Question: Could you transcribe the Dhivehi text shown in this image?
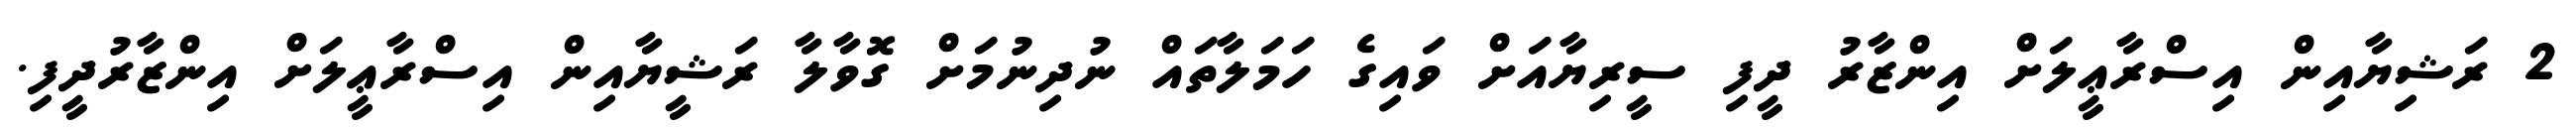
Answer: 2 ރަޝިޔާއިން އިސްރާޢީލަށް އިންޒާރު ދީފި ސީރިޔާއަށް ވައިގެ ހަމަލާތައް ނުދިނުމަށް ގޮވާލާ ރަޝީޔާއިން އިސްރާޢީލަށް އިންޒާރުދީފި.